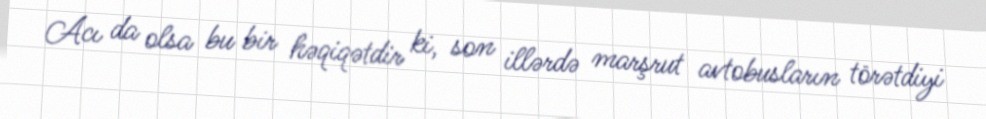
Acı da olsa bu bir həqiqətdir ki, son illərdə marşrut avtobusların törətdiyi